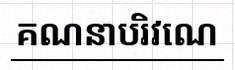
គណនាបរិវេណ